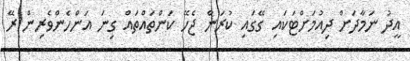
އީދު ނަމާދަށް ދިއުމަށްޓަކައި ގޭގައި ކުރަން ޖެހޭ ކަންތައްތައް ގިނަ އަންހެންވެރިން ރޭ